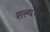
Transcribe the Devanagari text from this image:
शल्ययंत्र